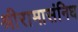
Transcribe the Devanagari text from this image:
श्रीरामासंनिध